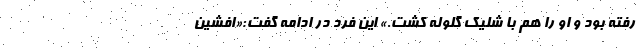
رفته بود و او را هم با شلیک گلوله کشت.» این فرد در ادامه گفت:«افشین